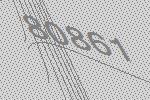
80861